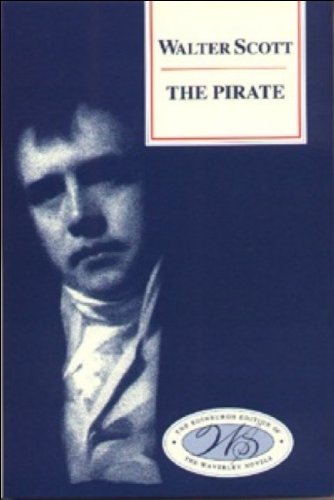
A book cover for The Pirate; Walter Scott; Literature & Fiction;